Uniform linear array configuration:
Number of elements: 4
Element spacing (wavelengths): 0.75
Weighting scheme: cosine
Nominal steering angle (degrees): -45
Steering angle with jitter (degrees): -44.855
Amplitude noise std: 0.05
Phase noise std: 0.05

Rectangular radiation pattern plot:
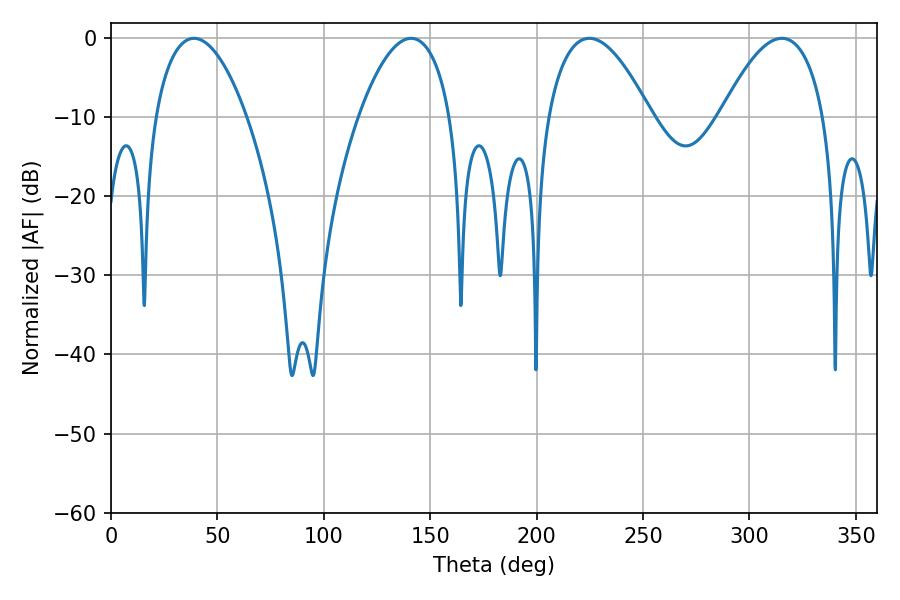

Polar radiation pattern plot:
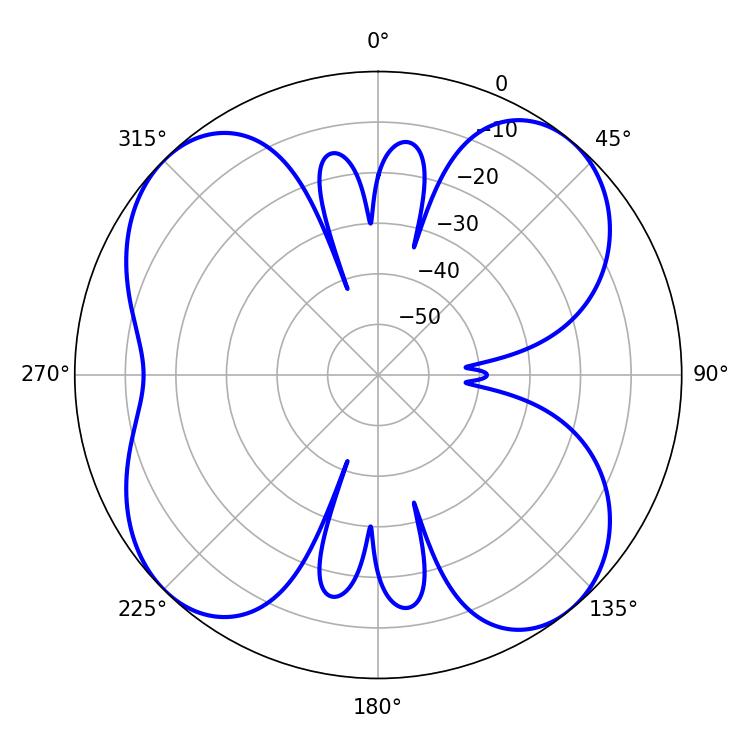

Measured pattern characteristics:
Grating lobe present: TRUE
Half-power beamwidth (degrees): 26.82
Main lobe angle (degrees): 224.82